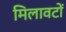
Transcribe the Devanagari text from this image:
मिलावटों